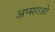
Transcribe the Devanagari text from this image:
अप्सराओ